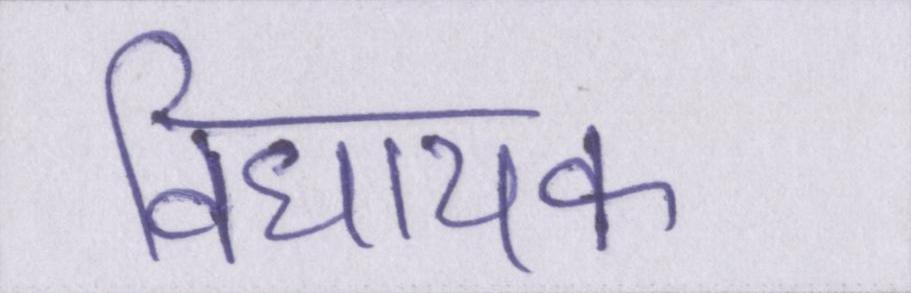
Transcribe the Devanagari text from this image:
विधायक